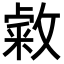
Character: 敹